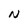
Character: N